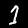
Digit: 1